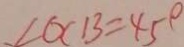
\angle O C B = 4 5 ^ { \circ }